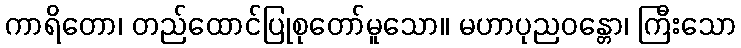
ကာရိတော၊ တည်ထောင်ပြုစုတော်မူသော။ မဟာပုညဝန္တော၊ ကြီးသော